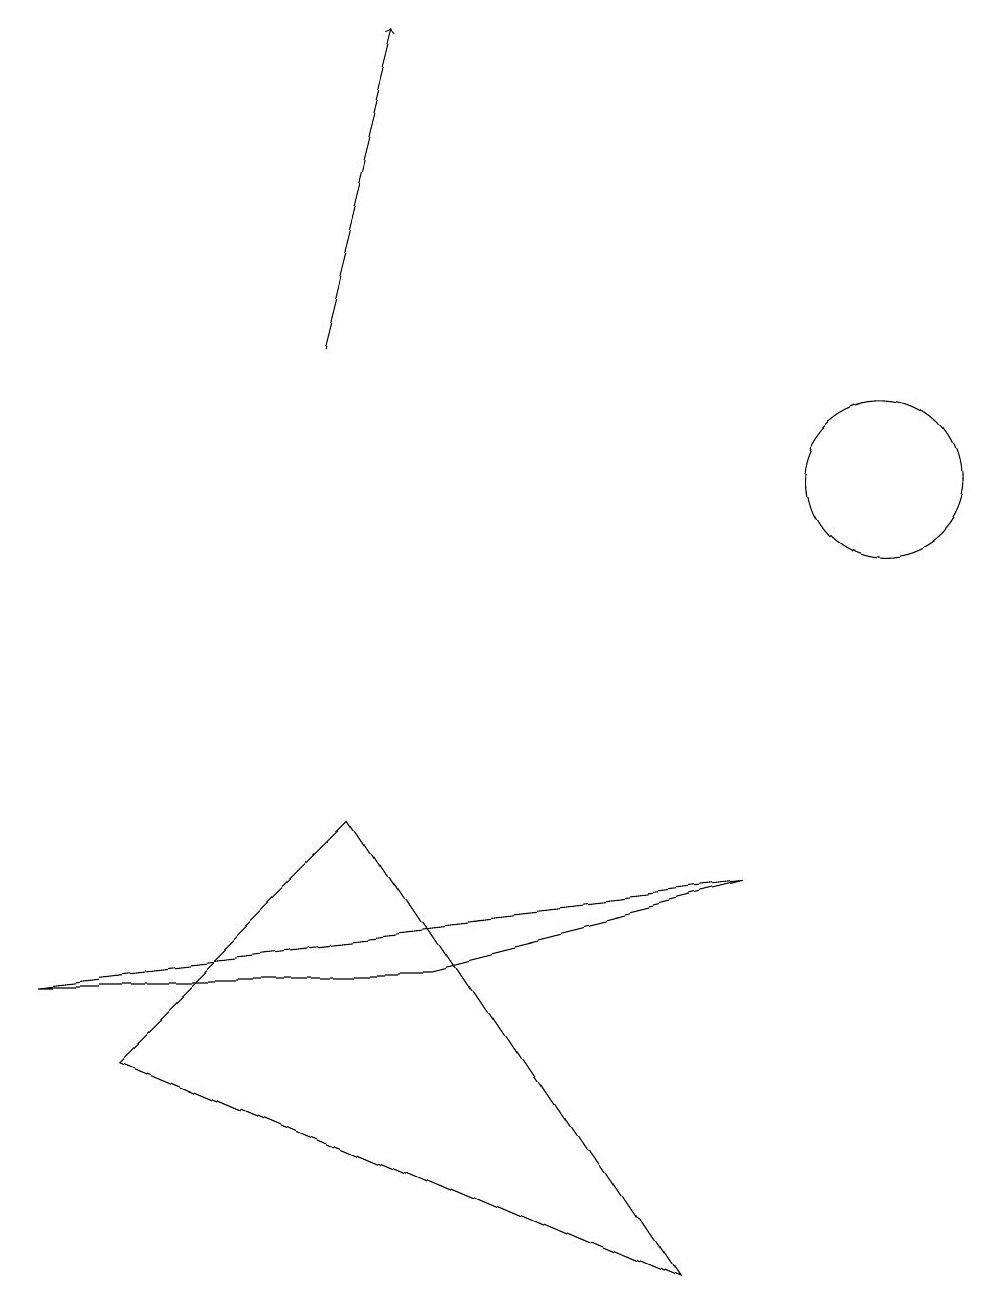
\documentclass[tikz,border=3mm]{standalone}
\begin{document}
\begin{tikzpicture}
\draw (11,11) circle (1);
\draw[->] (4,13) -- (5,17);
\draw (0,5) -- (5,5) -- (9,6) -- cycle;
\draw (1,4) -- (8,1) -- (4,7) -- cycle;
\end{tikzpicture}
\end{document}